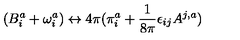
( B _ { i } ^ { a } + \omega _ { i } ^ { a } ) \leftrightarrow 4 \pi ( \pi _ { i } ^ { a } + \frac { 1 } { 8 \pi } \epsilon _ { i j } A ^ { j , a } )